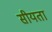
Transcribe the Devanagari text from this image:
सीयता